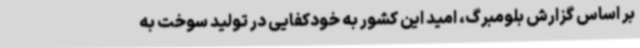
بر اساس گزارش بلومبرگ، امید این کشور به خودکفایی در تولید سوخت به